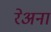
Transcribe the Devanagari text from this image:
रेअना